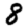
Digit: 8